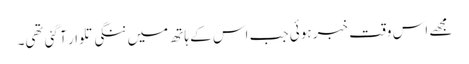
مجھے اس وقت خبر ہوئی جب اس کے ہاتھ میں ننگی تلوار آ گئی تھی۔